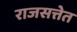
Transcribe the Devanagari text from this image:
राजसत्तेत